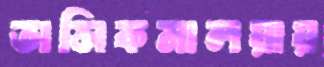
তাসিকমালয়ায়